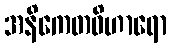
အနိကေတဝိဟာရော